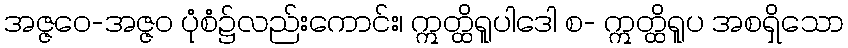
အဇ္ဇဝေ-အဇ္ဇဝ ပုံစံ၌လည်းကောင်း၊ ဣတ္ထိရူပါဒေါ စ- ဣတ္ထိရူပ အစရှိသော